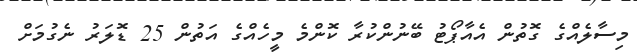
މިސާލެއްގެ ގޮތުން އެއާޕޯޓު ބޭނުންކުރާ ކޮންމެ މީހެއްގެ އަތުން 25 ޑޮލަރު ނެގުމަށް